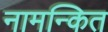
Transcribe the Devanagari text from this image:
नामन्कित